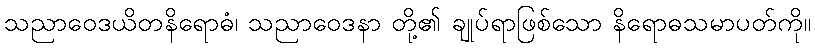
သညာဝေဒယိတနိရောဓံ၊ သညာဝေဒနာ တို့၏ ချုပ်ရာဖြစ်သော နိရောဓသမာပတ်ကို။